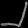
Digit: ၂